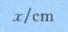
$x/\mathrm{cm}$